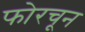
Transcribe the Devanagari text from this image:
फोरचून